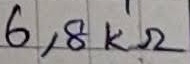
Text: 6,8KΩ